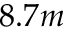
8 . 7 m